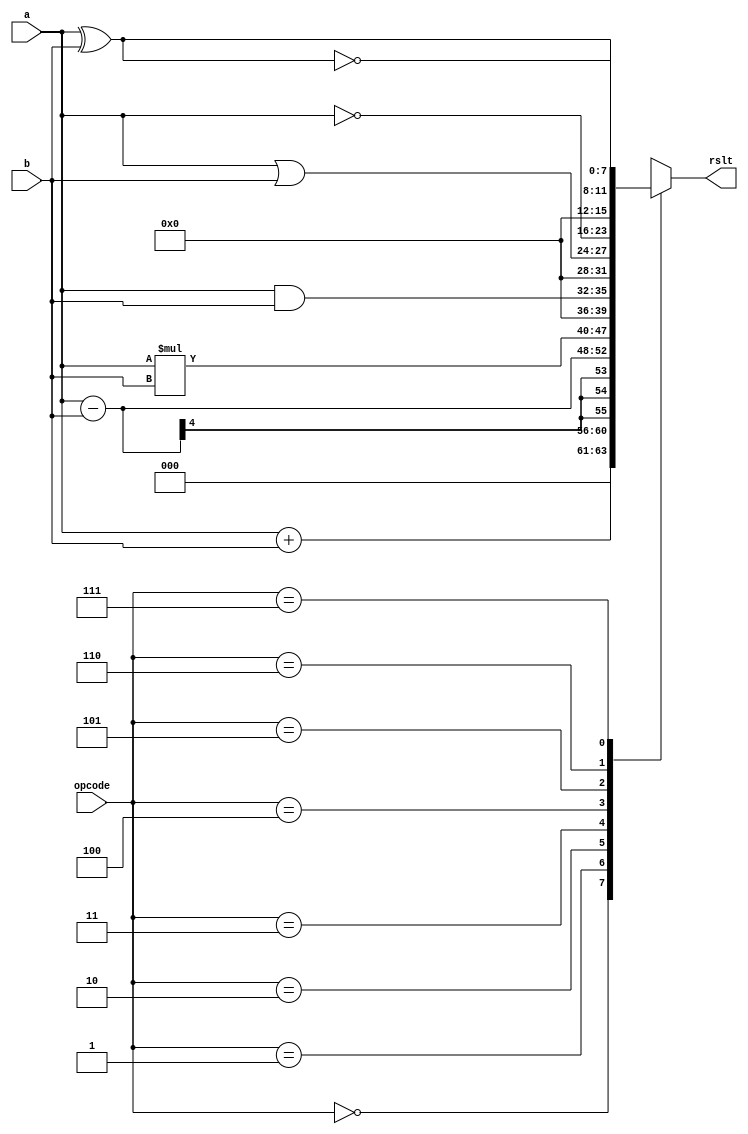
module alu (a, b, opcode, rslt);
//define inputs and output
input [3:0] a, b;
input [2:0] opcode;
output [7:0] rslt;
//the rslt is left-hand side target in always
//and is declared as type reg
reg [7:0] rslt;
//define operation codes
//parameter defines a constant
parameter add_op = 3'b000,
sub_op = 3'b001,
mul_op = 3'b010,
and_op = 3'b011,
or_op = 3'b100,
not_op = 3'b101, //negation
xor_op = 3'b110,
xnor_op = 3'b111;
//perform the operations
always @ (a or b or opcode)
begin
case (opcode)
add_op: rslt = a + b;
sub_op: rslt = a - b;
mul_op: rslt = a * b;
and_op: rslt = a & b; //also ab
or_op: rslt = a | b;
not_op: rslt = ~a; //also ~b
xor_op: rslt = a ^ b;
xnor_op: rslt = ~(a ^ b);
endcase
end
endmodule